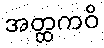
အတ္ထကဝိ